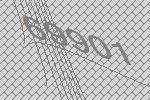
69901